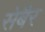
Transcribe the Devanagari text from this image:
सेबैर